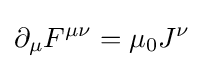
\partial _{\mu }F^{\mu \nu }=\mu _{0}J^{\nu }